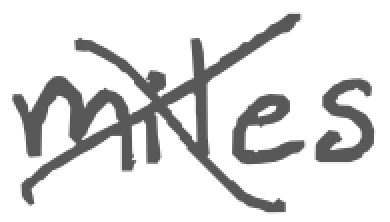
Text: miles
Cross-out: cross
Writing tool: digital_gray